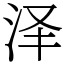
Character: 泽